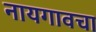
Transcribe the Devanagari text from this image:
नायगावचा